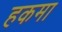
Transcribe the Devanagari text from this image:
हकमा